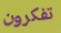
تفكرون